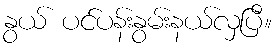
နွယ် ပင်ပန်းနွမ်းနယ်လှပြီ။